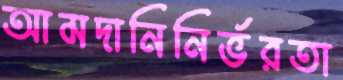
আমদানিনির্ভরতা